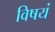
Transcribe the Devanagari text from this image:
विषयं